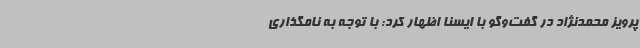
پرویز محمدنژاد در گفت‌وگو با ایسنا اظهار کرد: با توجه به نامگذاری